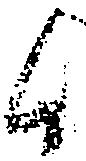
候